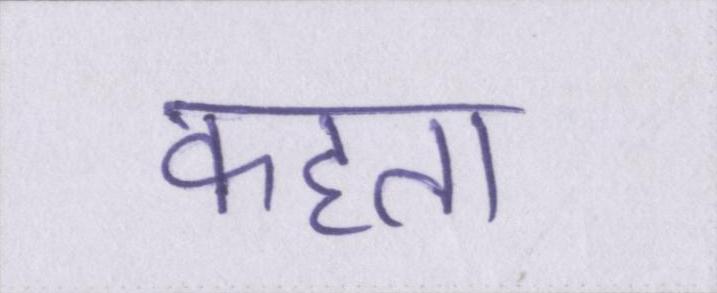
कहता